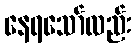
နေရသော်လည်း